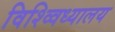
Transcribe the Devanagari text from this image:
विश्व्विध्यालय